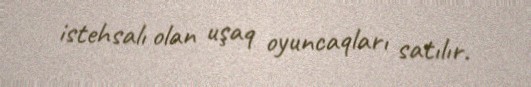
istehsalı olan uşaq oyuncaqları satılır.